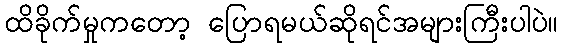
ထိခိုက်မှုကတော့ ပြောရမယ်ဆိုရင်အများကြီးပါပဲ။